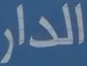
الدار